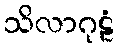
သိလာဂုဠံ